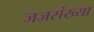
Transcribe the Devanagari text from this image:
जजसंख्या